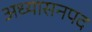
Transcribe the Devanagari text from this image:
अध्यासनपद